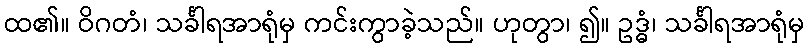
ထ၏။ ဝိဂတံ၊ သင်္ခါရအာရုံမှ ကင်းကွာခဲ့သည်။ ဟုတွာ၊ ၍။ ဥဒ္ဓံ၊ သင်္ခါရအာရုံမှ